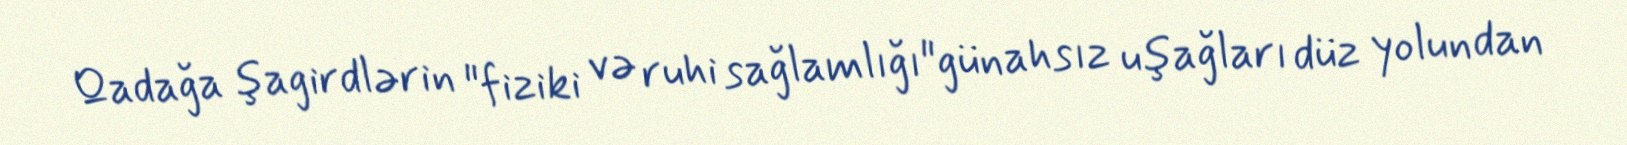
Qadağa şagirdlərin "fiziki və ruhi sağlamlığı"günahsız uşağları düz yolundan